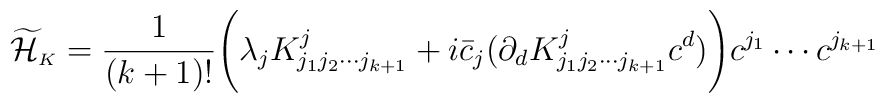
\displaystyle\widetilde{\cal H}_{\scriptscriptstyle K}=\frac{1}{(k+1)!}\Biggl(\lambda_jK^j_{j_1j_2\cdots j_{k+1}}+i\bar{c}_j(\partial_dK^{j}_{j_1j_2\cdots j_{k+1}}c^d)\Biggr)c^{j_1}\cdots c^{j_{k+1}}